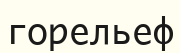
горельеф